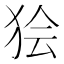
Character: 狯